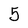
Character: 5